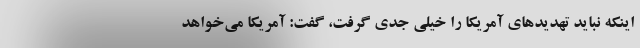
اینکه نباید تهدید‌های آمریکا را خیلی جدی گرفت، گفت: آمریکا می‌خواهد